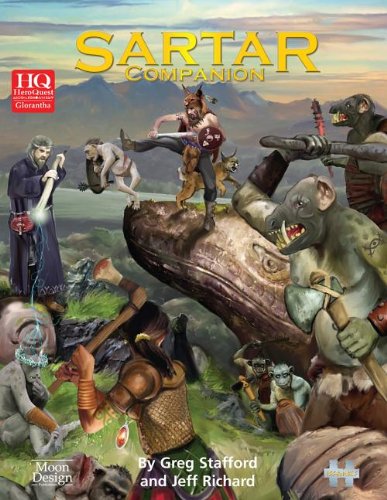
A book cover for Sartar Companion (Heroquest Glorantha); Greg Stafford; Science Fiction & Fantasy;